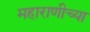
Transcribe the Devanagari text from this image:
महाराणीच्या